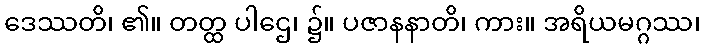
ဒေဿတိ၊ ၏။ တတ္ထ ပါဌေ၊ ၌။ ပဇာနနာတိ၊ ကား။ အရိယမဂ္ဂဿ၊